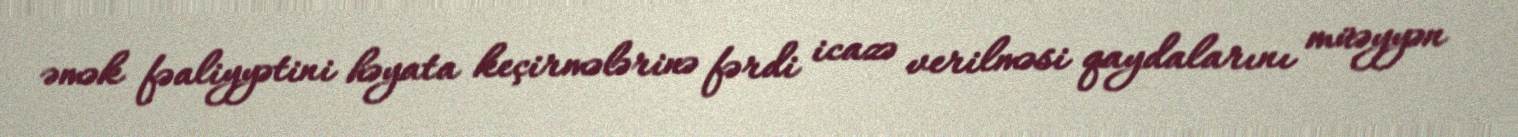
əmək fəaliyyətini həyata keçirmələrinə fərdi icazə verilməsi qaydalarını müəyyən